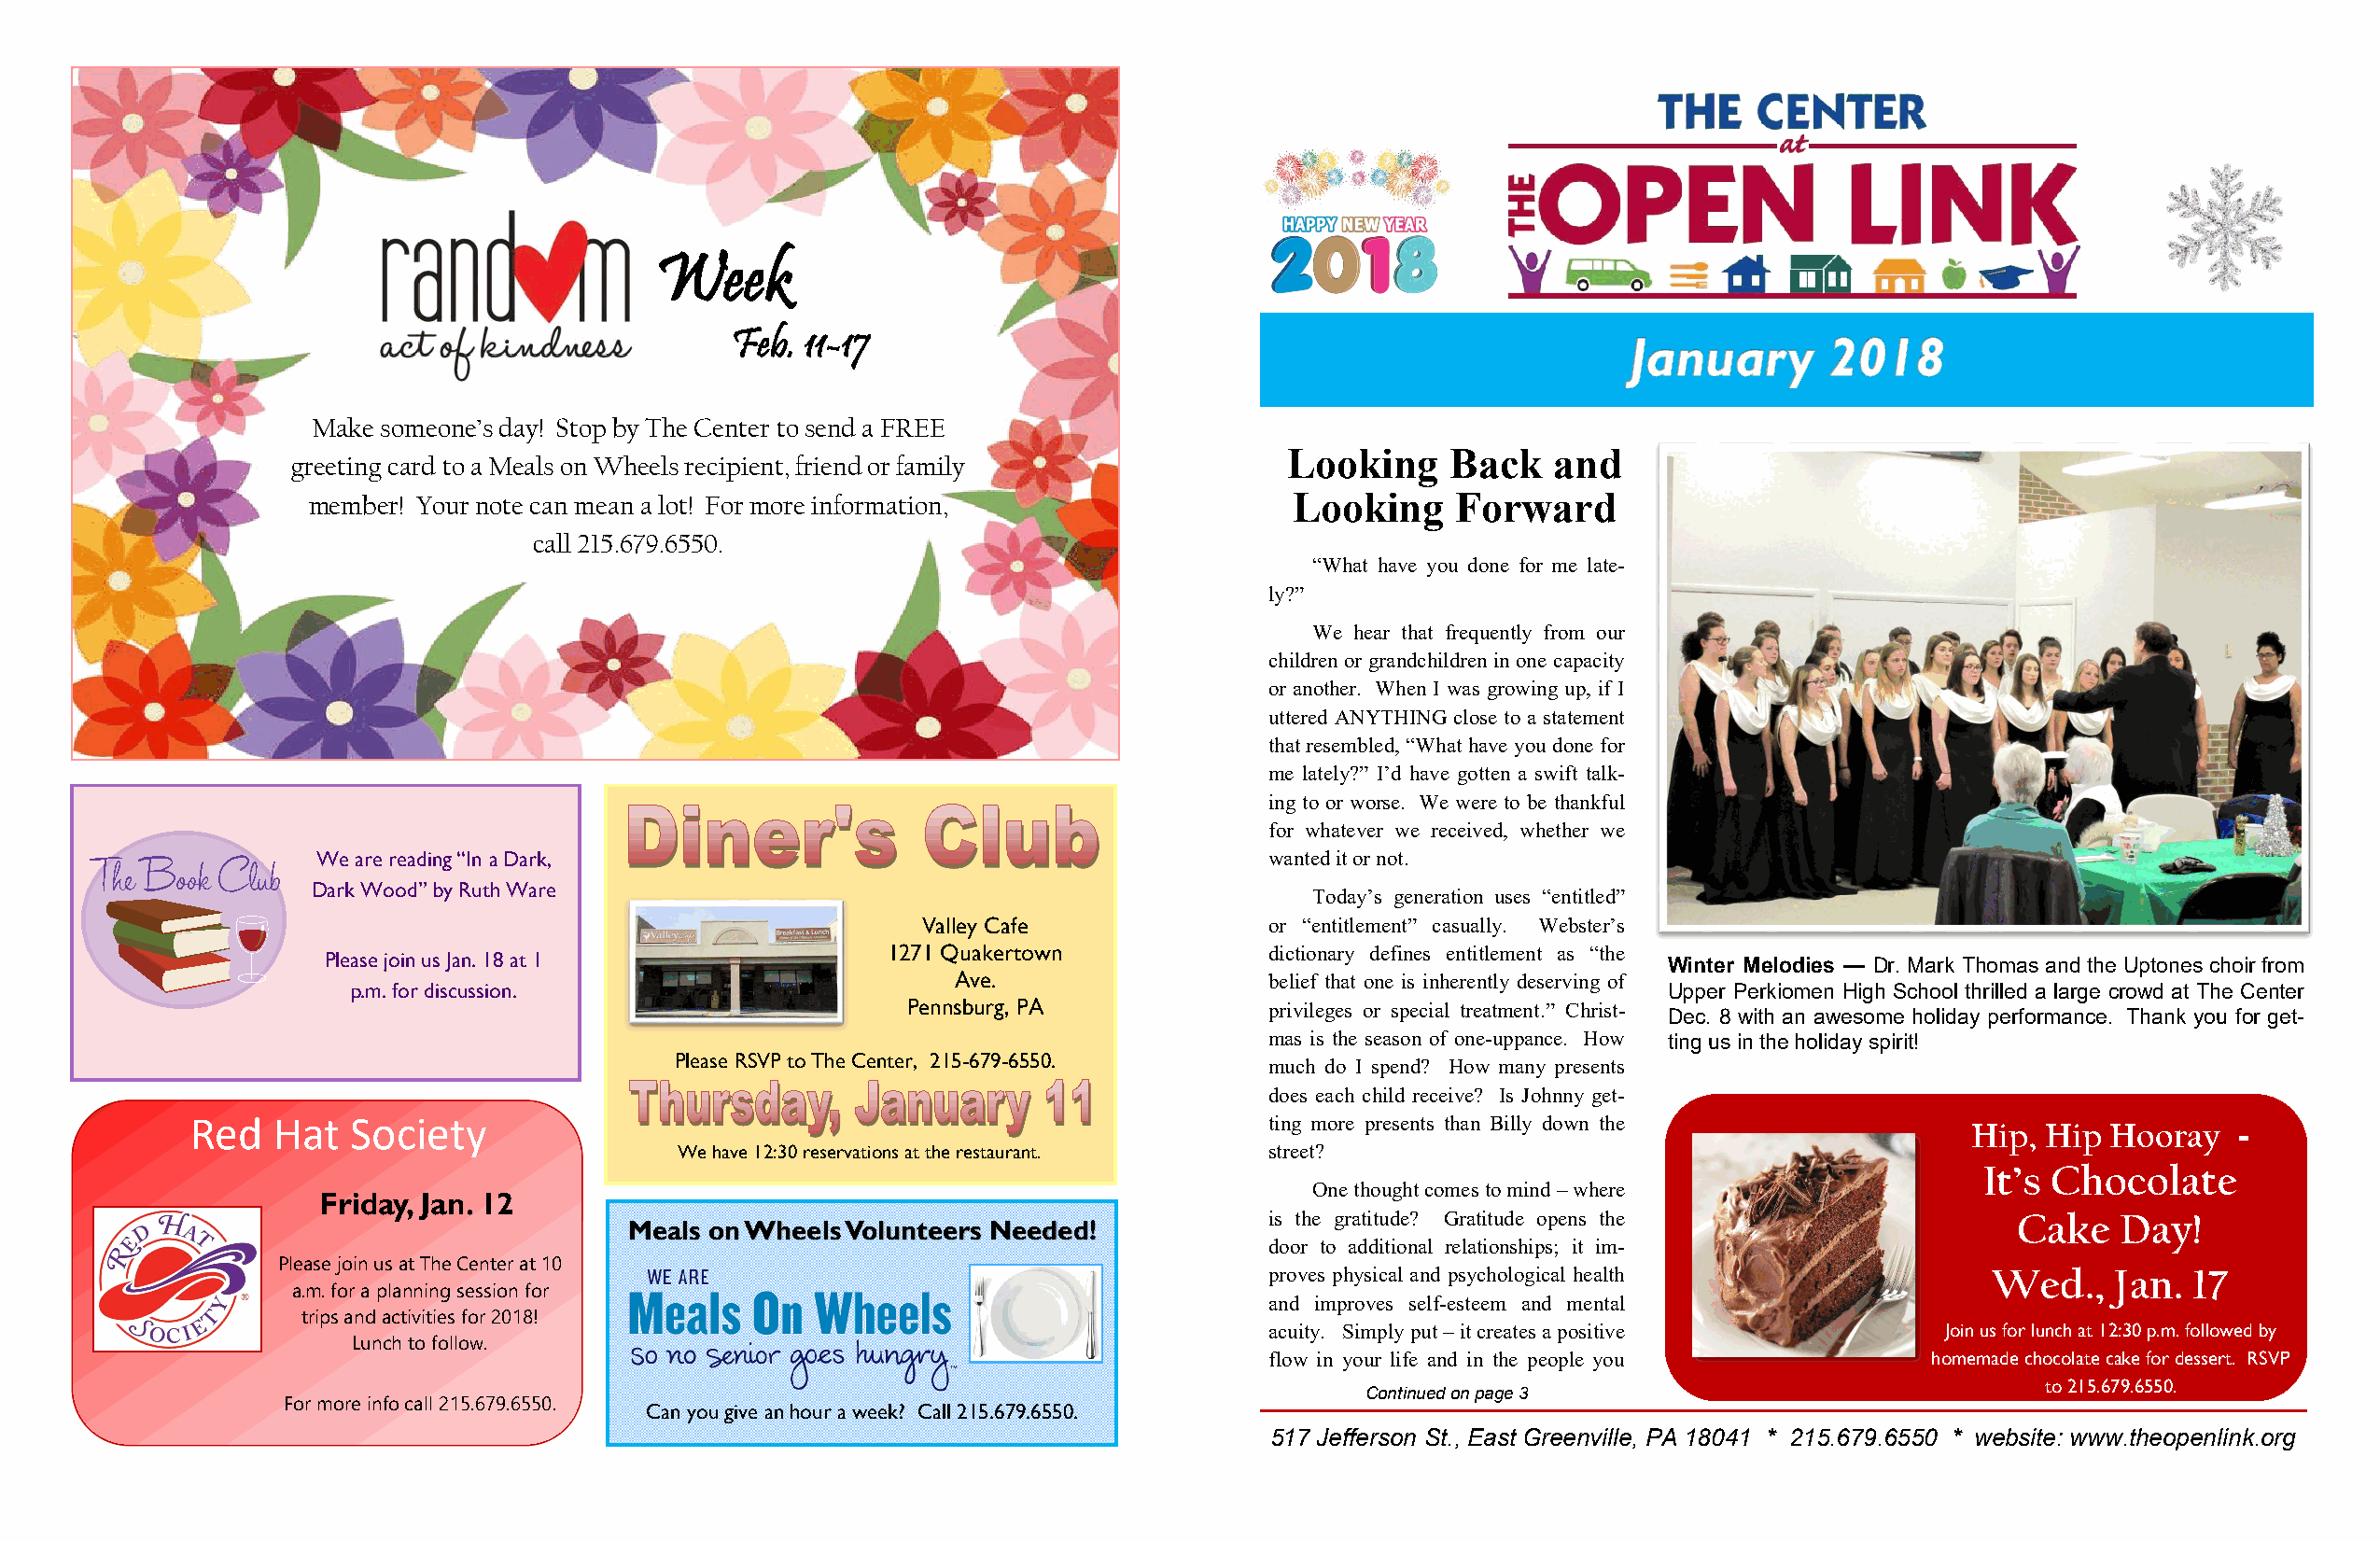
Week
 Feb. 11-17
 Make someone’s day! Stop by The Center to send a FREE
 Looking     Back   and
 greeting card to a Meals on Wheels recipient, friend or family
 member! Your note can mean a lot! For more information,               Looking    Forward
 call 215.679.6550.
 “What have you done for me late-
 ly?”
 We hear that frequently from our
 children or grandchildren in one capacity
 or another. When I was growing up, if I
 uttered ANYTHING close to a statement
 that resembled, “What have you done for
 me lately?” I’d have gotten a swift talk-
 ing to or worse. We were to be thankful
 for whatever we received, whether we
 We are reading “In a Dark,                                          wanted it or not.
 Dark Wood” by Ruth Ware
 Today’s generation uses “entitled”
 Valley Cafe              or “entitlement” casually. Webster’s
 1271 Quakertown            dictionary defines entitlement as “the
 Please join us Jan. 18 at 1                                                                    Winter Melodies — Dr. Mark Thomas and the Uptones choir from
 Ave.                  belief that one is inherently deserving of
 p.m. for discussion.                                                                         Upper Perkiomen High School thrilled a large crowd at The Center
 Pennsburg, PA             privileges or special treatment.” Christ-
 Dec. 8 with an awesome holiday performance. Thank you for get-
 mas is the season of one-uppance. How ting us in the holiday spirit!
 Please RSVP to The Center, 215-679-6550.  much do I spend? How many presents
 does each child receive? Is Johnny get-
 Red  Hat   Society                                                          ting more presents than Billy down the            Hip, Hip  Hooray   -
 We have 12:30 reservations at the restaurant. street?
 It’s Chocolate
 at
 One thought comes to mind – where
 Friday, Jan. 12
 is the gratitude? Gratitude opens the                Cake   Day!
 Meals on Wheels Volunteers Needed!
 door to additional relationships; it im-
 Please join us at The Center at 10
 proves physical and psychological health           Wed.,    Jan.  17
 a.m. for a planning session for
 and improves self-esteem and mental
 trips and activities for 2018!
 acuity. Simply put – it creates a positive      Join us for lunch at 12:30 p.m. followed by
 Lunch to follow.
 flow in your life and in the people you        homemade chocolate cake for dessert. RSVP
 to 215.679.6550.
 Continued on page 3
 For more info call 215.679.6550.
 Can you give an hour a week? Call 215.679.6550.
 517 Jefferson St., East Greenville, PA 18041 * 215.679.6550 * website: www.theopenlink.org